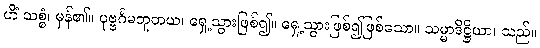
ဟိံ သစ္စံ၊ မှန်၏။ ပုဗ္ဗင်္ဂမဘူတယ၊ ရှေ့သွားဖြစ်၍။ ရှေ့သွားဖြစ်၍ဖြစ်သော။ သမ္မာဒိဋ္ဌိယာ၊ သည်။